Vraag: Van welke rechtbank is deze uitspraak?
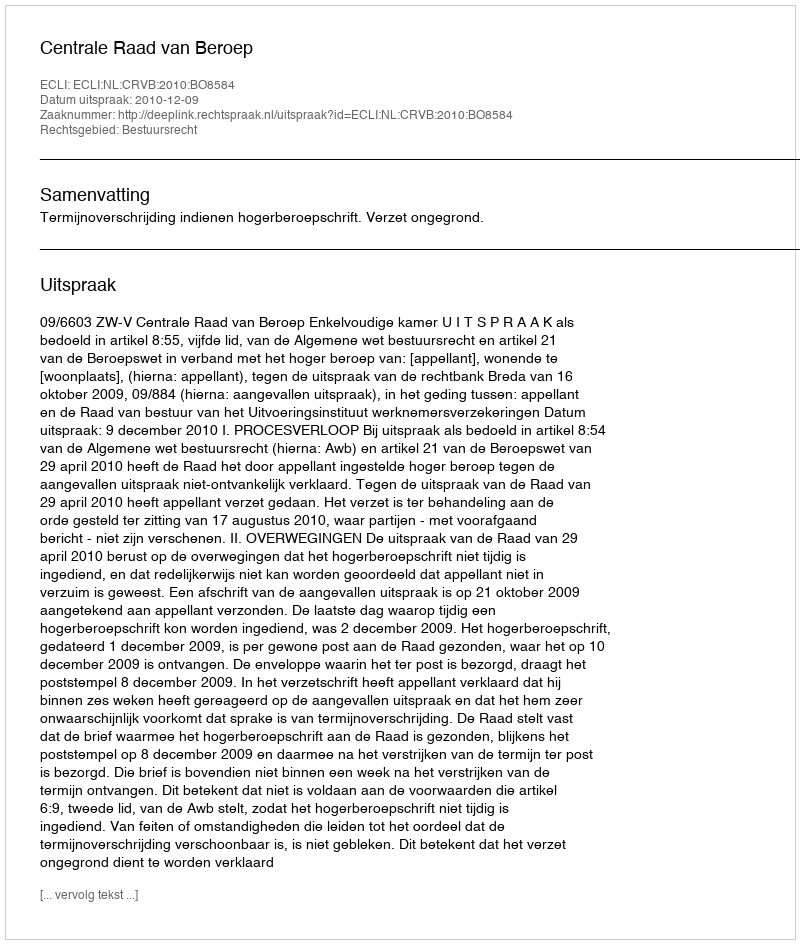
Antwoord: Centrale Raad van Beroep